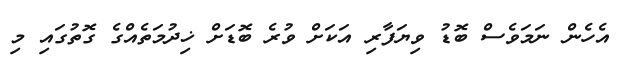
އެހެން ނަމަވެސް ބޮޑު ވިޔަފާރި އަކަށް ވުރެ ބޮޑަށް ޚިދުމަތެއްގެ ގޮތުގައި މި